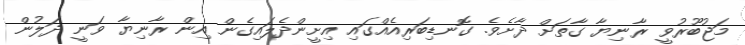
މަޖުބޫރުވީ ރާނިޔާ ގާތަށް ދާށެވެ. ގޮނޑިބަރިއެއްގައި އިށީންދެލައިގެން އިން ރާނިޔާ ވަނީ ދަލުން